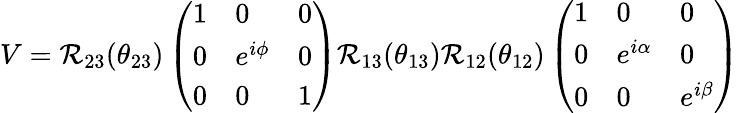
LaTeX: V=\mathcal{R}_{23}(\theta_{23})\left(\begin{array}{lll}{{1}}&{{0}}&{{0}}\\ {{0}}&{{e^{i\phi}}}&{{0}}\\ {{0}}&{{0}}&{{1}}\end{array}\right)\mathcal{R}_{13}(\theta_{13})\mathcal{R}_{12}(\theta_{12})\left(\begin{array}{lll}{{1}}&{{0}}&{{0}}\\ {{0}}&{{e^{i\alpha}}}&{{0}}\\ {{0}}&{{0}}&{{e^{i\beta}}}\end{array}\right)